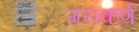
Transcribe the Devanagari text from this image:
गयकर्ण